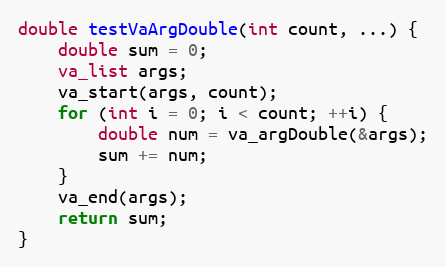
Language: C
double testVaArgDouble(int count, ...) {
    double sum = 0;
    va_list args;
    va_start(args, count);
    for (int i = 0; i < count; ++i) {
        double num = va_argDouble(&args);
        sum += num;
    }
    va_end(args);
    return sum;
}